Insane asylums in Bengal annual reports 1876-1887 - 1876-1887
Year: 1876
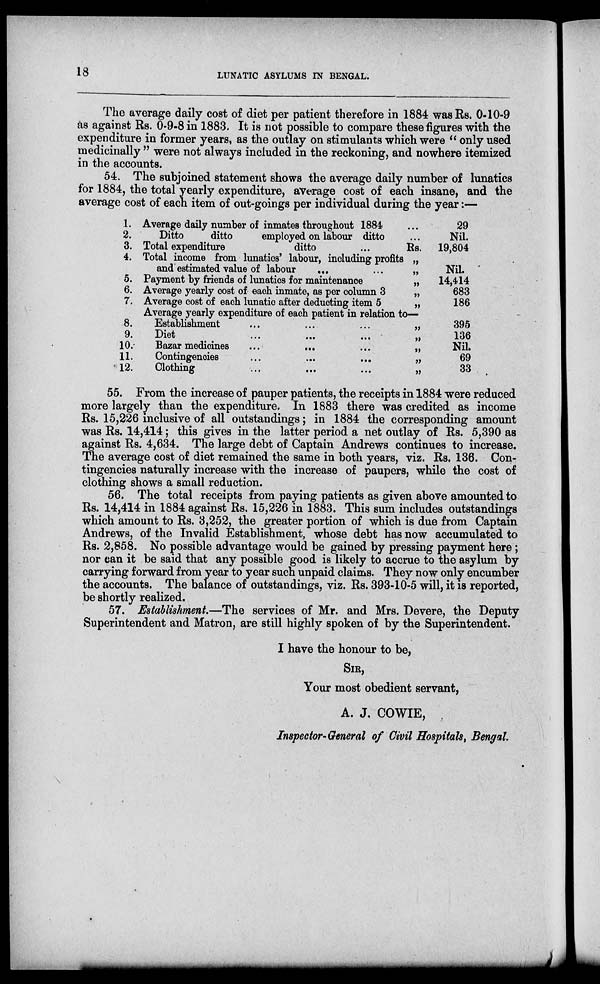
18
LUNATIC ASYLUMS IN BENGAL.
The average daily cost of diet per patient therefore in 1884 was Rs. 0-10-9
as against Rs. 0-9-8 in 1883. It is not possible to compare these figures with the
expenditure in former years, as the outlay on stimulants which were " only used
medicinally " were not always included in the reckoning, and nowhere itemized
in the accounts.
54. The subjoined statement shows the average daily number of lunatics
for 1884, the total yearly expenditure, average cost of each insane, and the
average cost of each item of out-goings per individual during the year:—
1.
2.
3.
4.
5.
6.
7.
8.
9.
10.
11.
12.
Average daily number of inmates throughout 1884 ...
Ditto
ditto
employed on labour ditto ...
Total expenditure
ditto
...
Rs.
Total income from lunatics' labour, including profits „
and estimated value of labour
...
...
„
Payment by friends of lunatics for maintenance
„
Average yearly cost of each inmate, as per column 3
„
Average cost of each lunatic after deducting item 5
„
Average yearly expenditure of each patient in relation to—
Establishment
...
...
...
„
Dite
...
...
...
„
Bazar medicines
...
...
...
„
Contingencies
...
...
...
„
Clothing
...
...
...
„
29
Nil.
19,804
Nil.
14,414
683
186
395
136
Nil.
69
33
55. From the increase of pauper patients, the receipts in 1884 were reduced
more largely than the expenditure. In 1883 there was credited as income
Rs. 15,226 inclusive of all outstandings; in 1884 the corresponding amount
was Rs. 14,414; this gives in the latter period a net outlay of Rs. 5,390 as
against Rs. 4,634. The large debt of Captain Andrews continues to increase.
The average cost of diet remained the same in both years, viz. Rs. 136. Con-
tingencies naturally increase with the increase of paupers, while the cost of
clothing shows a small reduction.
56. The total receipts from paying patients as given above amounted to
Rs. 14,414 in 1884 against Rs. 15,226 in 1883. This sum includes outstandings
which amount to Rs. 3,252, the greater portion of which is due from Captain
Andrews, of the Invalid Establishment, whose debt has now accumulated to
Rs. 2,858. No possible advantage would be gained by pressing payment here;
nor can it be said that any possible good is likely to accrue to the asylum by
carrying forward from year to year such unpaid claims. They now only encumber
the accounts. The balance of outstandings, viz. Rs. 393-10-5 will, it is reported,
be shortly realized.
57. Establishment.—The services of Mr. and Mrs. Devere, the Deputy
Superintendent and Matron, are still highly spoken of by the Superintendent.
I have the honour to be,
SIR,
Your most obedient servant,
A. J. COWIE,
Inspector-General of Civil Hospitals, Bengal.